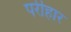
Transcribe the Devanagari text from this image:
परीहार